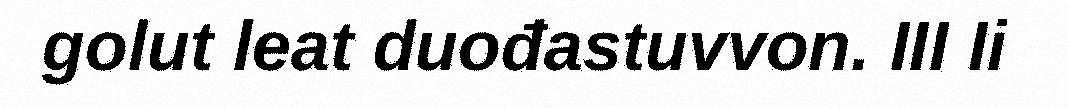
golut leat duođastuvvon. III Ii